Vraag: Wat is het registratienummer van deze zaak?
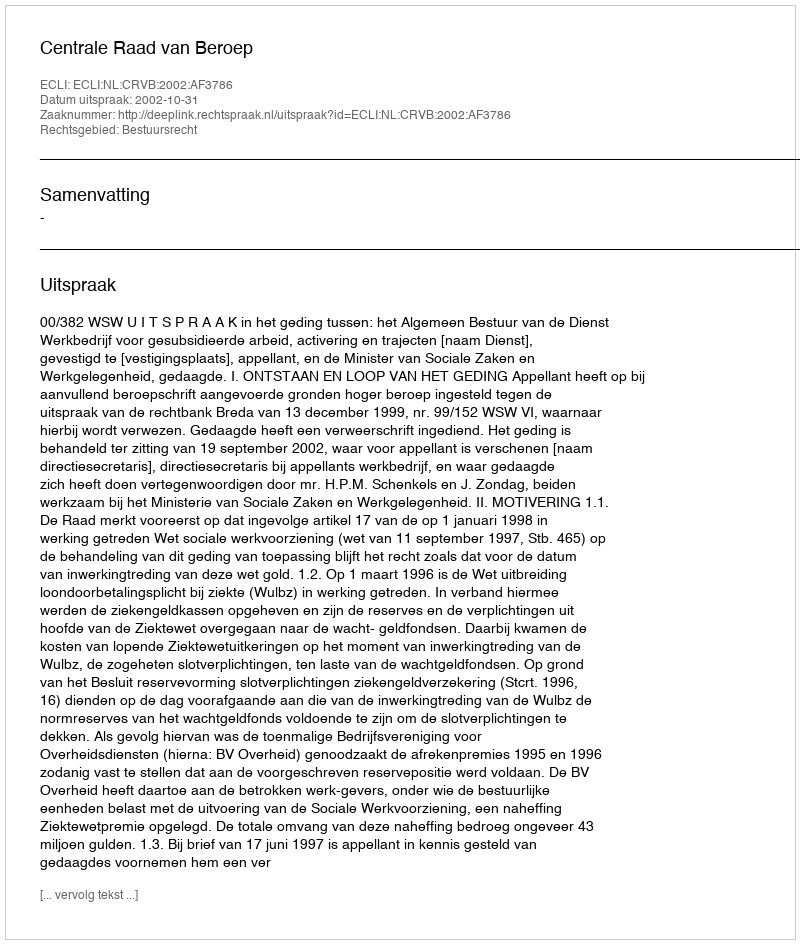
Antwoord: http://deeplink.rechtspraak.nl/uitspraak?id=ECLI:NL:CRVB:2002:AF3786